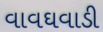
વાવઘવાડી